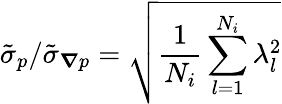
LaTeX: \tilde{\sigma}_{p}/\tilde{\sigma}_{\boldsymbol{\nabla}p}=\sqrt{\frac{1}{N_{i}}\sum_{l=1}^{N_{i}}\lambda_{l}^{2}}